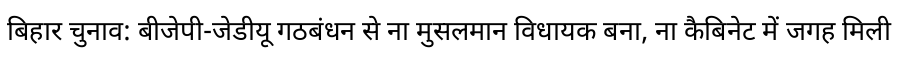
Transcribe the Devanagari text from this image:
बिहार चुनाव: बीजेपी-जेडीयू गठबंधन से ना मुसलमान विधायक बना, ना कैबिनेट में जगह मिली